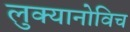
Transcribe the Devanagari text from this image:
लुक्यानोविच